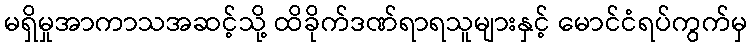
မရှိမှုအာကာသအဆင့်သို့ ထိခိုက်ဒဏ်ရာရသူများနှင့် မောင်ငံရပ်ကွက်မှ